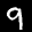
Label: 9